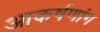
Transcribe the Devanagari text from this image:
आकर्षणांग